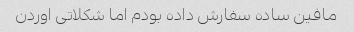
مافین ساده سفارش داده بودم اما شکلاتی اوردن